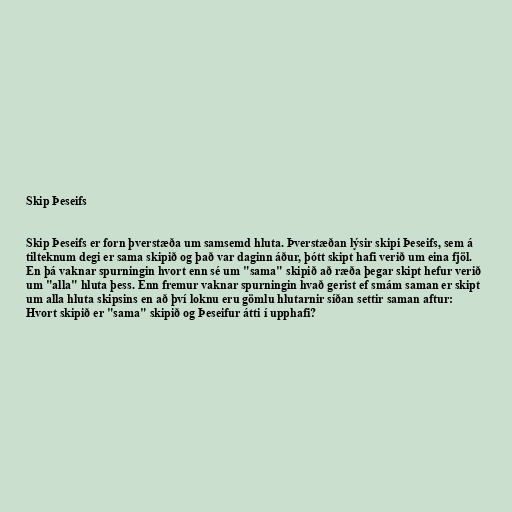
Skip Þeseifs

Skip Þeseifs er forn þverstæða um samsemd hluta. Þverstæðan lýsir skipi Þeseifs, sem á
tilteknum degi er sama skipið og það var daginn áður, þótt skipt hafi verið um eina fjöl.
En þá vaknar spurningin hvort enn sé um "sama" skipið að ræða þegar skipt hefur verið
um "alla" hluta þess. Enn fremur vaknar spurningin hvað gerist ef smám saman er skipt
um alla hluta skipsins en að því loknu eru gömlu hlutarnir síðan settir saman aftur:
Hvort skipið er "sama" skipið og Þeseifur átti í upphafi?